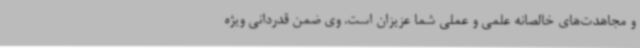
و مجاهدت‌های خالصانه علمی و عملی شما عزیزان است. وی ضمن قدردانی ویژه